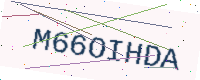
Text: M66OIHDA